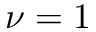
\nu = 1